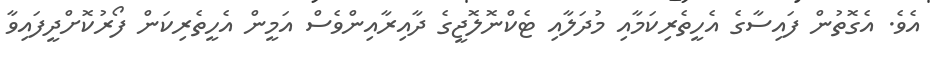
އެވެ. އެގޮތުން ފައިސާގެ އެހީތެރިކަމާއި މުދަލާއި ޓެކްނޮލޮޖީގެ ދާއިރާއިންވެސް އަމީން އެހީތެރިކަން ފޯރުކޮށްދީފައިވާ